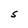
Character: S